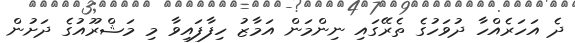
ދެ އަހަރެއްހާ ދުވަހުގެ ތެރޭގައި ނިންމަން އަމާޒު ހިފާފައިވާ މި މަޝްރޫއުގެ ދަށުން